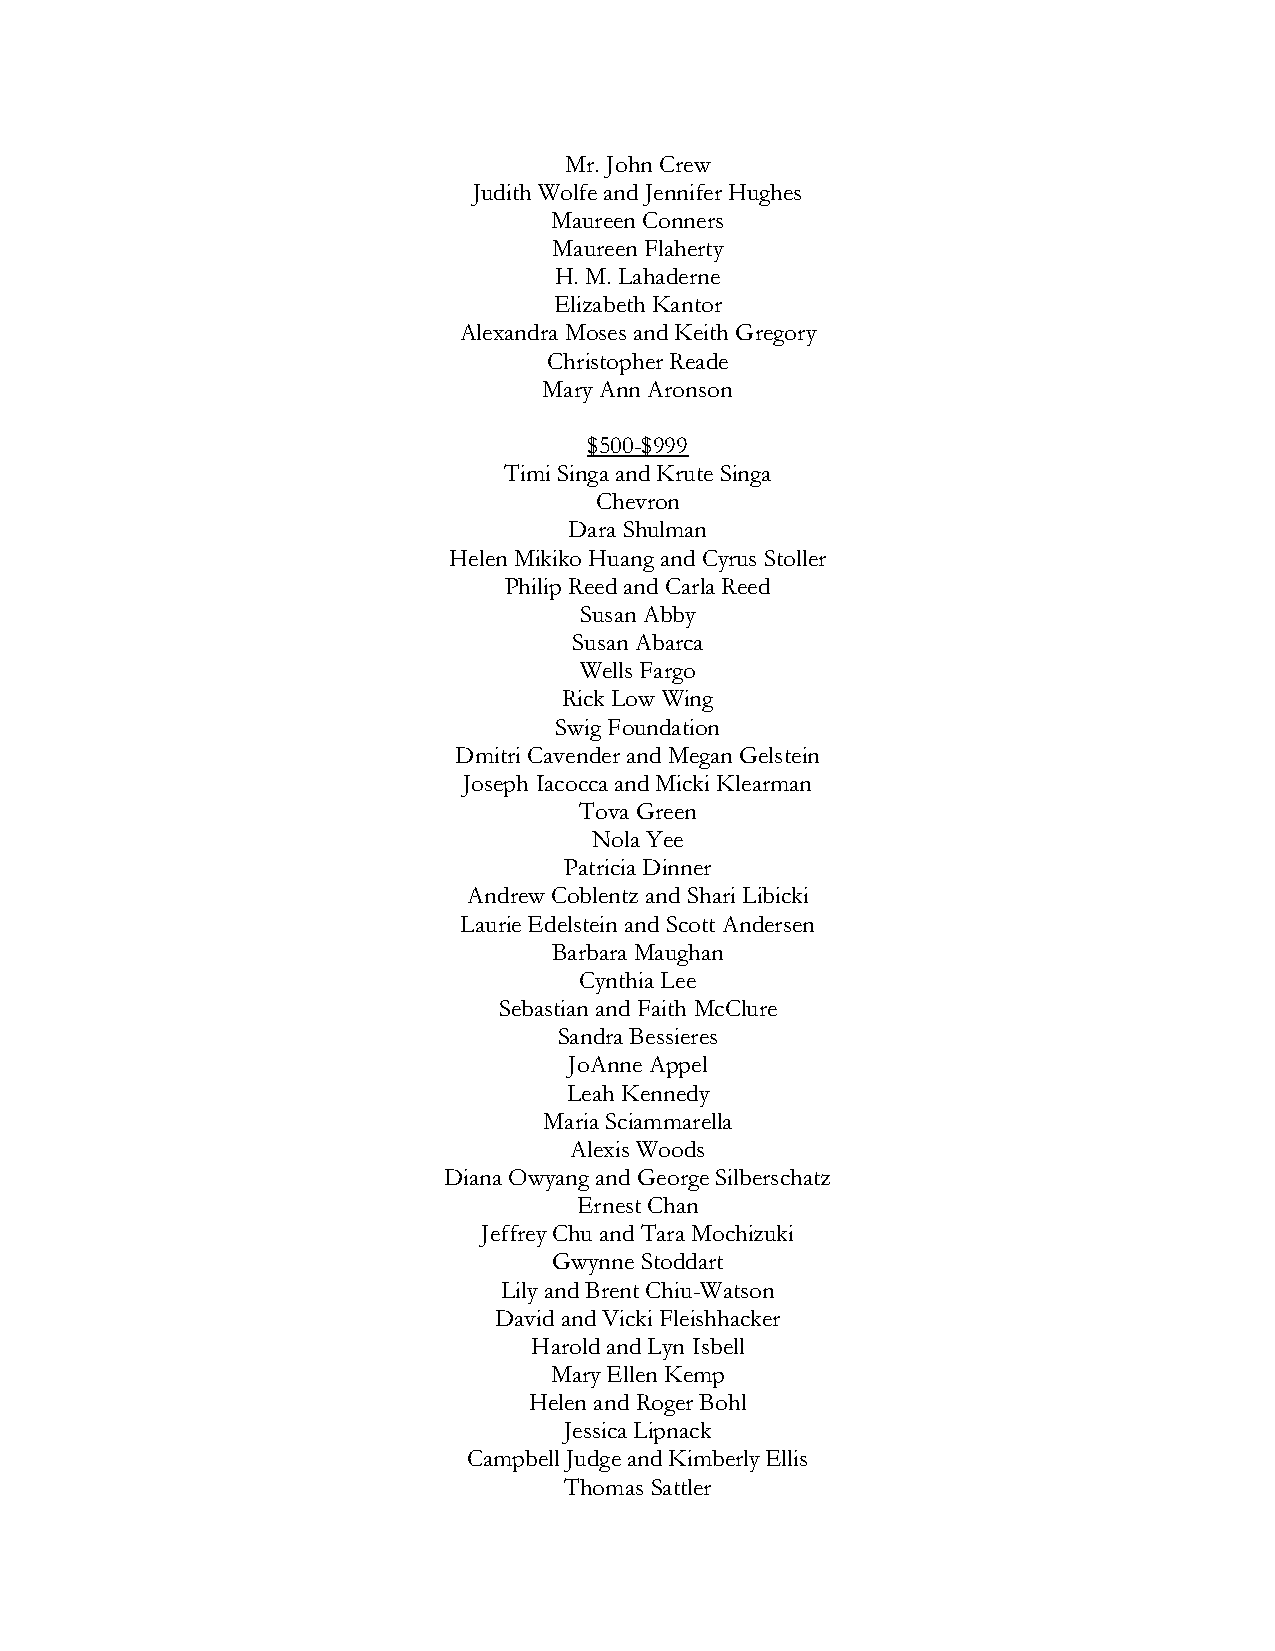
Mr. John Crew
 Judith Wolfe and Jennifer Hughes
 Maureen Conners
 Maureen Flaherty
 H. M. Lahaderne
 Elizabeth Kantor
 Alexandra Moses and Keith Gregory
 Christopher Reade
 Mary Ann Aronson
 $500-$999
 Timi Singa and Krute Singa
 Chevron
 Dara Shulman
 Helen Mikiko Huang and Cyrus Stoller
 Philip Reed and Carla Reed
 Susan Abby
 Susan Abarca
 Wells Fargo
 Rick Low Wing
 Swig Foundation
 Dmitri Cavender and Megan Gelstein
 Joseph Iacocca and Micki Klearman
 Tova Green
 Nola Yee
 Patricia Dinner
 Andrew Coblentz and Shari Libicki
 Laurie Edelstein and Scott Andersen
 Barbara Maughan
 Cynthia Lee
 Sebastian and Faith McClure
 Sandra Bessieres
 JoAnne Appel
 Leah Kennedy
 Maria Sciammarella
 Alexis Woods
 Diana Owyang and George Silberschatz
 Ernest Chan
 Jeffrey Chu and Tara Mochizuki
 Gwynne Stoddart
 Lily and Brent Chiu-Watson
 David and Vicki Fleishhacker
 Harold and Lyn Isbell
 Mary Ellen Kemp
 Helen and Roger Bohl
 Jessica Lipnack
 Campbell Judge and Kimberly Ellis
 Thomas Sattler